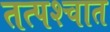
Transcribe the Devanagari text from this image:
तत्‍पश्‍चात